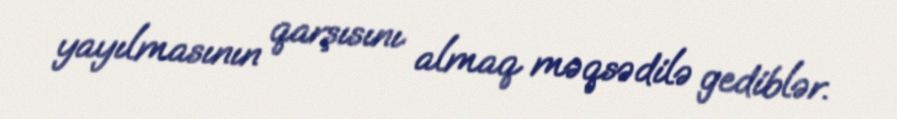
yayılmasının qarşısını almaq məqsədilə gediblər.